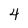
Character: 4